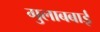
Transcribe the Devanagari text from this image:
गुलाबबाई